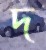
দ